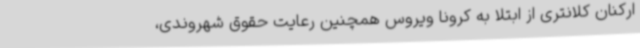
ارکنان کلانتری از ابتلا به کرونا ویروس همچنین رعایت حقوق شهروندی،